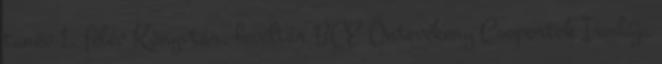
tanév 1. félév Könyvtár, levéltár BCE Öntevékeny Csoportok Irodája